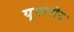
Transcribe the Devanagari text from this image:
यूपोरीय